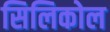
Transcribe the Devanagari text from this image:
सिलिकोल